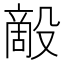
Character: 𰚇